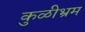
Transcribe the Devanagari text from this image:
कुळीभ्रम